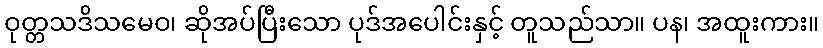
ဝုတ္တသဒိသမေဝ၊ ဆိုအပ်ပြီးသော ပုဒ်အပေါင်းနှင့် တူသည်သာ။ ပန၊ အထူးကား။